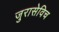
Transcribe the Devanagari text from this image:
जुरासेविच